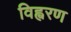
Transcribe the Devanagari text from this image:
विह्वरण